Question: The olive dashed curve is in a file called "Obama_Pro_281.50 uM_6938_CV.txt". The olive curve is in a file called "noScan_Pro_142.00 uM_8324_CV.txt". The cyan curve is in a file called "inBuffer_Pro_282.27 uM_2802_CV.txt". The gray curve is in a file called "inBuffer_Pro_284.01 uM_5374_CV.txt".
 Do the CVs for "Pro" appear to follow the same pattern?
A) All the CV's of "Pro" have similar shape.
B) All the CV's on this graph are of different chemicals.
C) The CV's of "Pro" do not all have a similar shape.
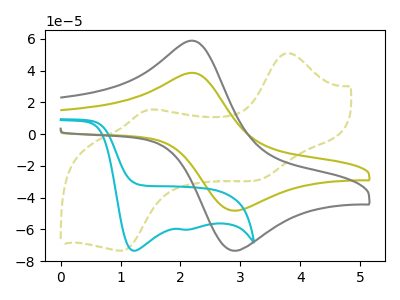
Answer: <think>The olive dashed curve "Pro 281.50 uM" has anodic peaks at (3.80V, 51.05uA) (1.45V, 15.15uA) and cathodic peaks at (3.30V, -28.85uA) (1.00V, -73.35uA). The olive curve "Pro 142.00 uM" has an anodic peak at (2.25V, 38.30uA) and a cathodic peak at (2.95V, -48.10uA). The cyan curve "Pro 282.27 uM" has cathodic peaks at (1.20V, -73.45uA) (2.05V, -60.10uA). The gray curve "Pro 284.01 uM" has an anodic peak at (2.25V, 58.35uA) and a cathodic peak at (2.95V, -73.30uA).
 "Pro 281.50 uM" and "Pro 142.00 uM" have a different number of peaks. "Pro 281.50 uM" and "Pro 282.27 uM" have a different number of peaks. "Pro 281.50 uM" and "Pro 284.01 uM" have a different number of peaks. "Pro 142.00 uM" and "Pro 282.27 uM" have at least one peak that do not match. All the peaks in "Pro 142.00 uM" have a peak in "Pro 284.01 uM" at the same potential. Every peak in "Pro 142.00 uM" is lower than every peak in "Pro 284.01 uM". "Pro 282.27 uM" and "Pro 284.01 uM" have at least one peak that do not match.</think>
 <answer>A) All the CV's of "Pro" have similar shape.</answer>
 <eval>A</eval>